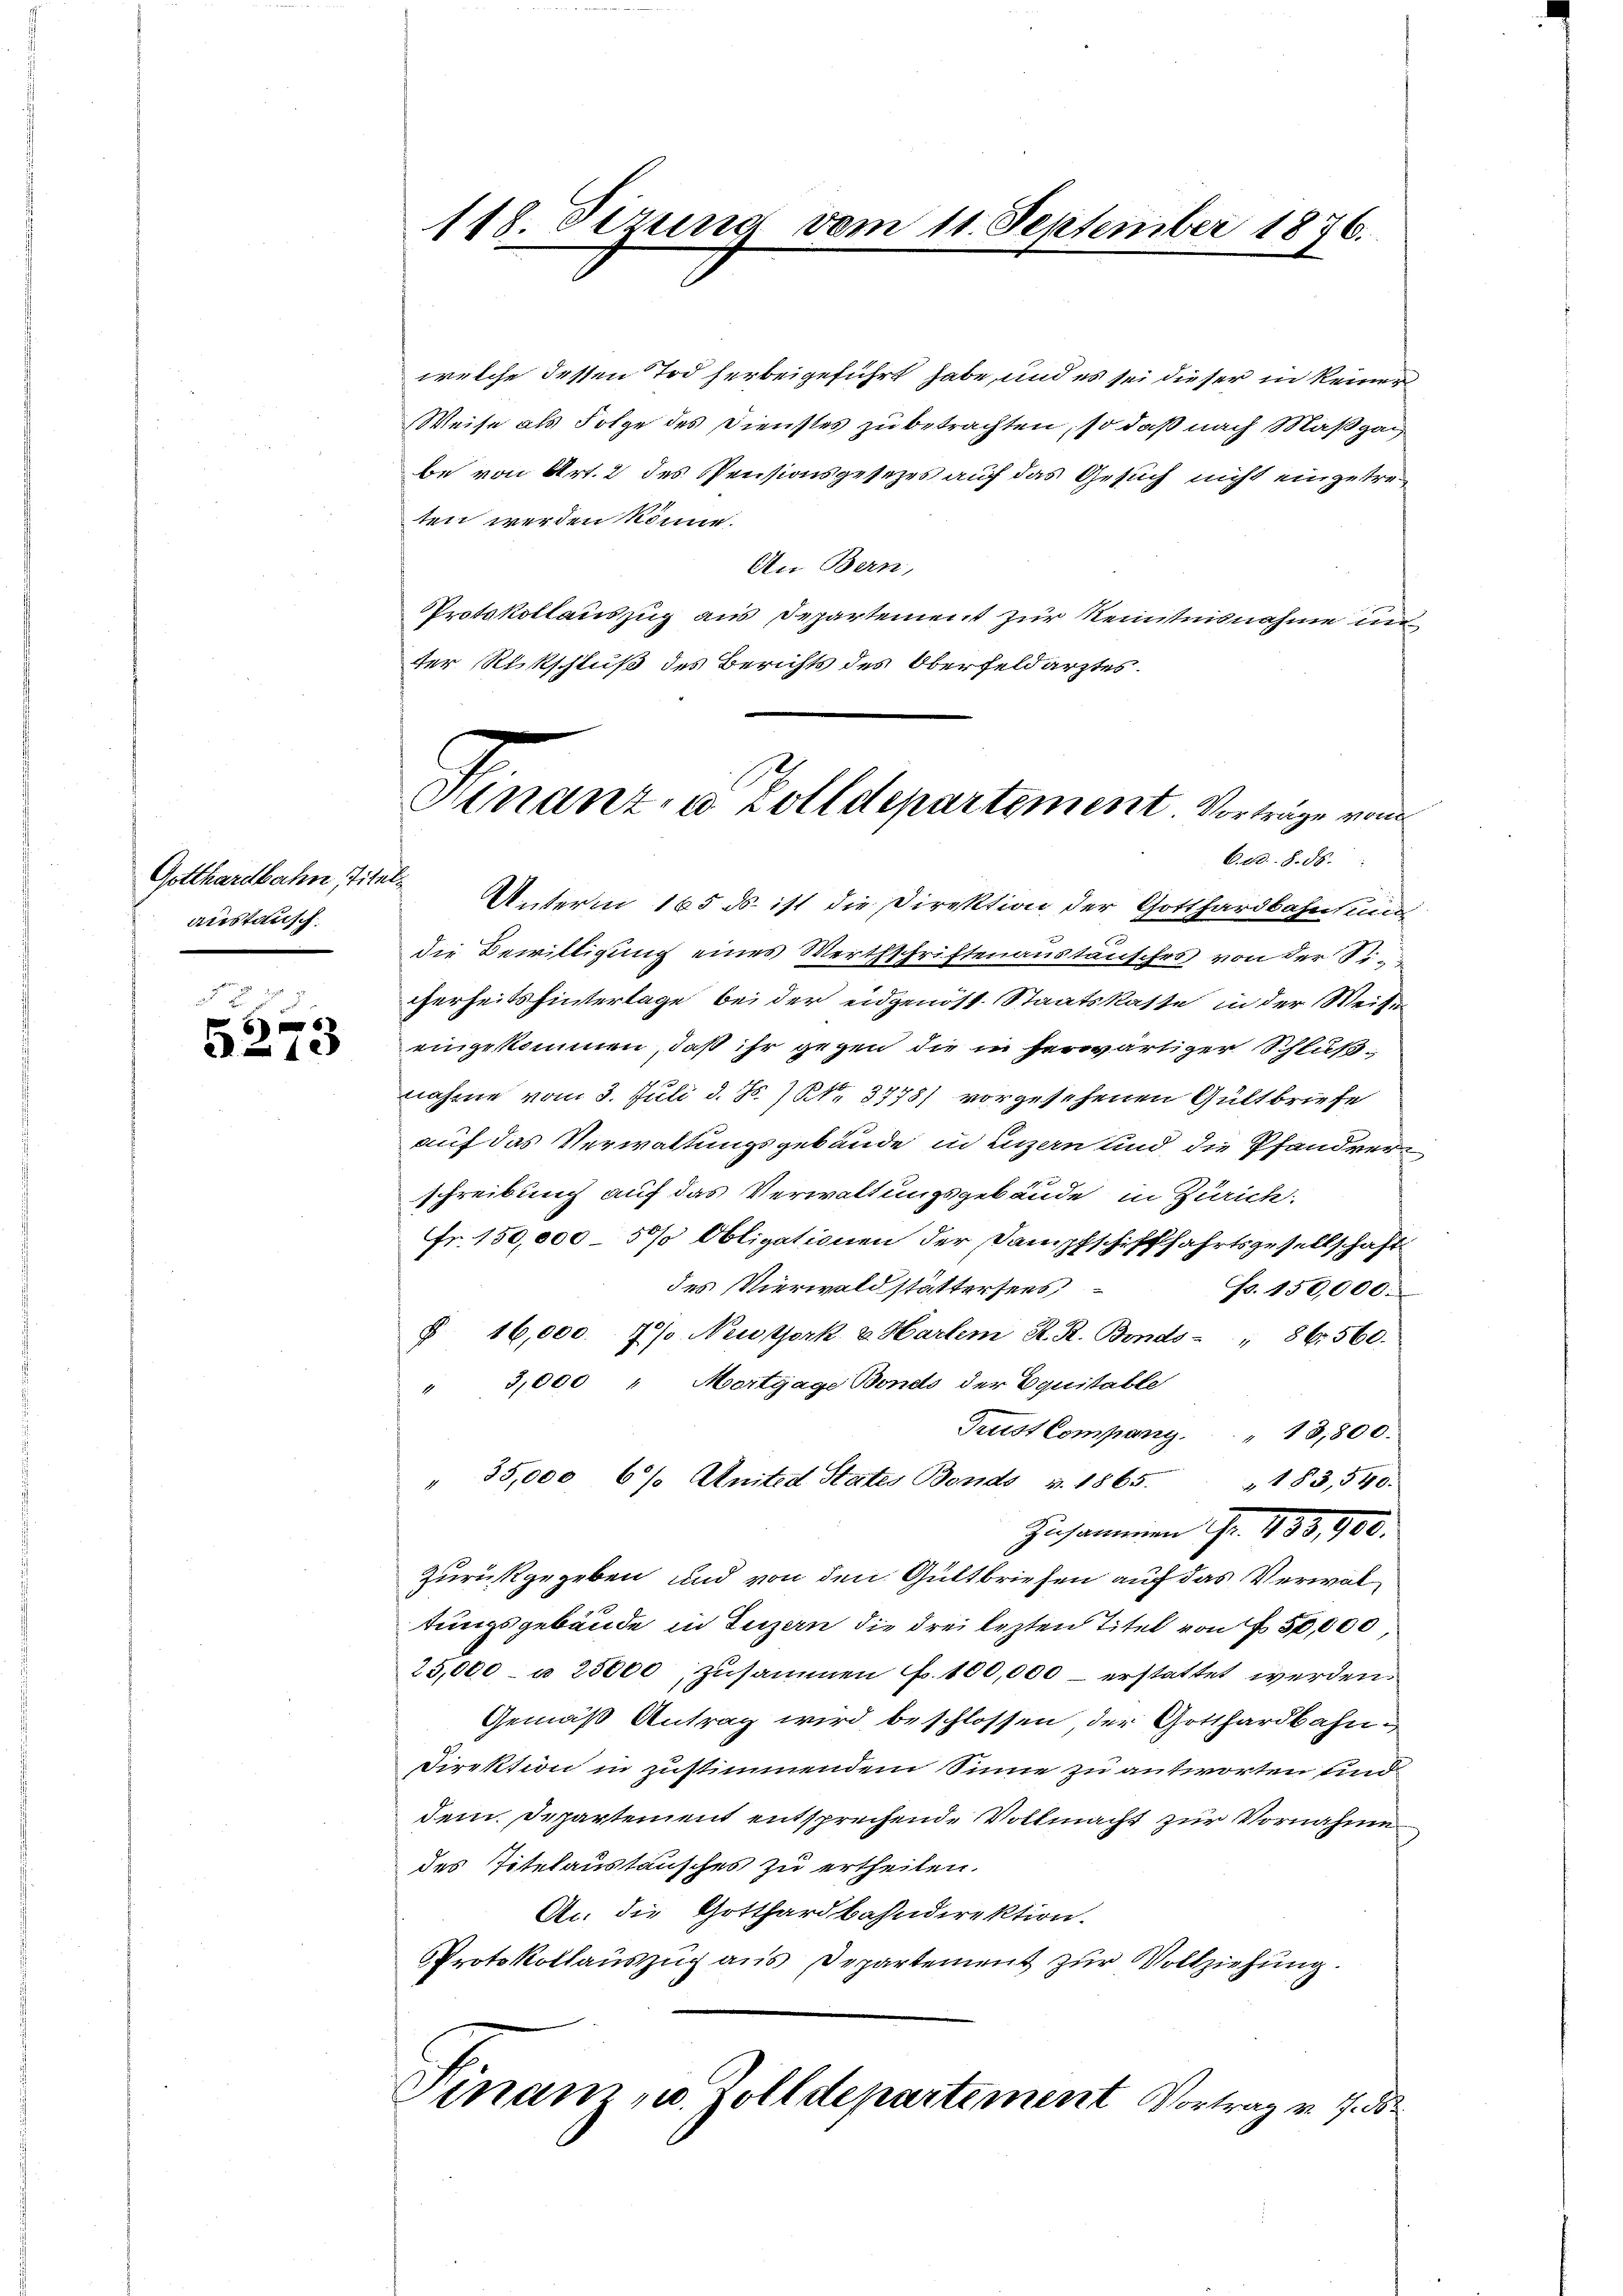
Gotthardbahn, Titel.
austausch

6
212

118. dezung vom 11. September 1876.

welche dessen Tod herbeigeführt habe, und es sei dieser in keinen
Weise als Folge des Dienstes zu betrachten, so daß nach Maßgabe von Art. 2 des Pensionsgesetzes auf das Gesuch nicht einzutreten werden könne.
An Bern,
Protokollauszug aus Departement zur Kenntnisnahme unter Rückschluß des Berichts des Oberfeldarztes.
C. ad. §. 56.
Unterm 165 ds ist die Direktion der Gotthardbahnsun
die Bewilligung eines Werthschriftenanstausches von der S
cherheits hinterlage bei der eidgenöst. Staatskaste in der Weise
eingekommen, daß ihr gegen die in herwärtiger Schlußnahme vom 3. Juli d. Js. 7 S. 3778) vorgesehenen Gültbriefe
auf das Verwaltungsgebäude in Luzern und die Pfandrerschreibung auf das Verwaltungsgebäude in Zürich.
Fr. 150,000 - 5% Obligationen der Dampfschifffahrtsgesellschaft
des Vierwaldstättersees
Fo. 150,000.
§ 16,000. Js. Neuthork & Hartem K. R. Bonds " 86. 560.
" 3,000 " Mortgage Bonds der Equitable
Trust Company. " 13,800.
" 35,000 6% Anited States Bonds v. 1865. 183,540.
Zusammen Fr. 433,900.
Zurückgegeben und von den Gültbriefen auf das Verwaltungsgebäude in Luzern die drei lezten Titel von Fr. 50,000
25,000. u 25000, zusammen . 100,000 erstattet werden.
Gemäß Antrag wird beschlossen der Gotthardbahn¬
Direktion in zustimmendem Sinne zu antworten und
dem Departement entsprechende Vollmacht zur Vornahme
des Titelaustausches zu ertheilen.
An die Gotthardbahndirektion.
Protokollauszug aus Departement zur Vollziehung.
Vinam, u. Zolldepartement Vortrag v. 7. d

Hnanz, u. Zolldepartement Vorträge von